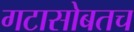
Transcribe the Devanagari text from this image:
गटासोबतच